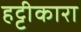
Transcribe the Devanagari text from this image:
हट्टीकारा